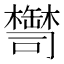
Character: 𦉚